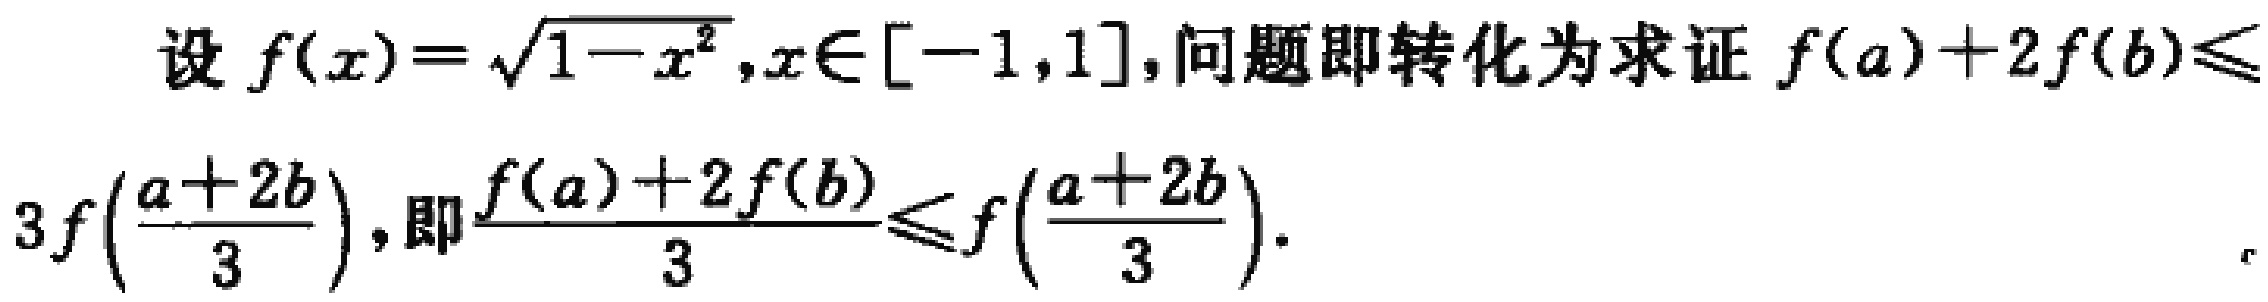
设 \(f(x)=\sqrt{1 - x^{2}},x\in[-1,1]\)，问题即转化为求证 \(f(a)+2f(b)\leqslant3f\left(\frac{a + 2b}{3}\right)\)，即\(\frac{f(a)+2f(b)}{3}\leqslant f\left(\frac{a + 2b}{3}\right)\)。